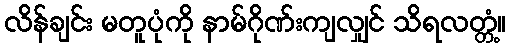
လိန်ချင်း မတူပုံကို နာမ်ဂိုဏ်းကျလျှင် သိရလတ္တံ့။